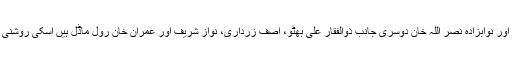
سیاست میں قائداعظم، لیاقت علی خان حسین شہید سہروردی اور نوابزادہ نصر اللہ خان دوسری جانب ذوالفقار علی بھٹو، آصف زرداری، نواز شریف اور عمران خان رول ماڈل ہیں اسکی روشنی میں ان کے کارکنوں کے طرزِ عمل کو پرکھا جا سکتا ہے۔